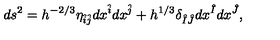
d s ^ { 2 } = h ^ { - 2 / 3 } \eta _ { \hat { i } \hat { j } } d x ^ { \hat { i } } d x ^ { \hat { j } } + h ^ { 1 / 3 } \delta _ { \hat { I } \hat { J } } d x ^ { \hat { I } } d x ^ { \hat { J } } ,